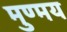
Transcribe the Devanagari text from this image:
मुण्मय